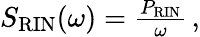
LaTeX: \begin{array}{r}{S_{\mathrm{RIN}}(\omega)=\frac{P_{\mathrm{RIN}}}{\omega}\, ,}\end{array}